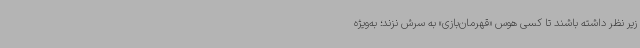
زیر نظر داشته باشند تا کسی هوس «قهرمان‌بازی» به سرش نزند؛ به‌ویژه